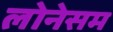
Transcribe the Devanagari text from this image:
लोनेसम